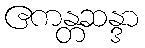
ဧကန္တဆန္ဒာ